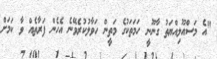
"އެ މަސްއޫލިއްޔަތު ގާނޫނީ ހަމަތަކުގެ މަތީން ހަވާލުކުރެވޭނެ އެހެން ފަރާތެއް ވާ ކަމަށް